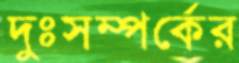
দুঃসম্পর্কের